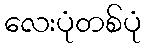
လေးပုံတစ်ပုံ